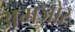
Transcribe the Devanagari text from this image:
अमजोर